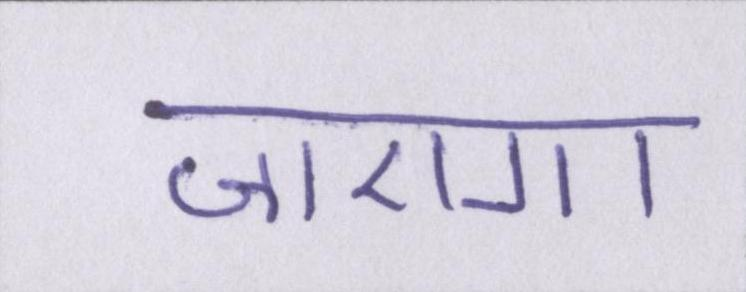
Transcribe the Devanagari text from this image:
जाएगा